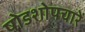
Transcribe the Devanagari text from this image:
षोडशोपचारें